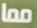
مما